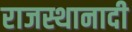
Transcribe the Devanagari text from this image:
राजस्थानादी